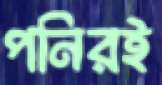
পনিরই